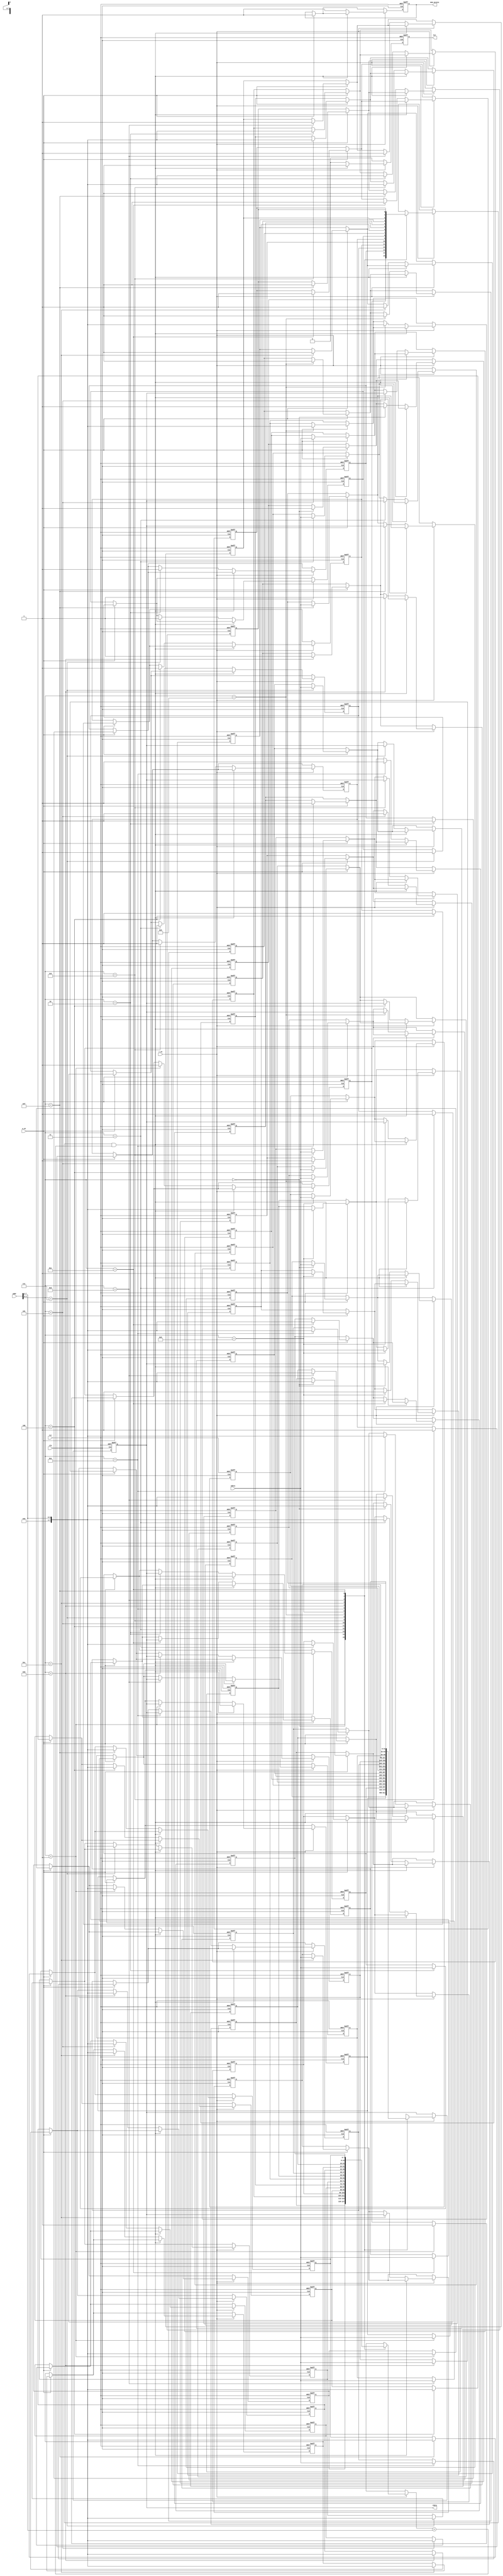
module WriteThroughCache #(
    parameter CACHE_SIZE = 16, // Number of cache lines
    parameter ADDR_WIDTH = 8,   // Address width
    parameter DATA_WIDTH = 32   // Data width
)(
    input wire clk,
    input wire rst,
    input wire [ADDR_WIDTH-1:0] addr,
    input wire [DATA_WIDTH-1:0] wdata,
    input wire r_en,
    input wire w_en,
    output reg [DATA_WIDTH-1:0] rdata,
    output reg hit,
    output reg mem_access
);

    // Cache storage and tag storage
    reg [DATA_WIDTH-1:0] cache_data [0:CACHE_SIZE-1];
    reg [ADDR_WIDTH-1:0] cache_tags [0:CACHE_SIZE-1];
    reg valid_bits [0:CACHE_SIZE-1];

    // Cache index and tag extraction
    wire [ADDR_WIDTH-1:0] tag;
    wire [3:0] index; // Assuming CACHE_SIZE = 16, so 4 bits for index
    assign index = addr[3:0]; // Lower bits for index
    assign tag = addr[ADDR_WIDTH-1:4]; // Upper bits for tag

    // Reset logic
    integer i;
    always @(posedge clk or posedge rst) begin
        if (rst) begin
            for (i = 0; i < CACHE_SIZE; i = i + 1) begin
                valid_bits[i] <= 1'b0;
                cache_data[i] <= {DATA_WIDTH{1'b0}};
                cache_tags[i] <= {ADDR_WIDTH{1'b0}};
            end
            rdata <= {DATA_WIDTH{1'b0}};
            hit <= 1'b0;
            mem_access <= 1'b0;
        end else begin
            // Write operation
            if (w_en) begin
                cache_data[index] <= wdata; // Write to cache
                cache_tags[index] <= tag;    // Update tag
                valid_bits[index] <= 1'b1;    // Mark as valid
                mem_access <= 1'b1;           // Memory access occurs
            end

            // Read operation
            if (r_en) begin
                if (valid_bits[index] && (cache_tags[index] == tag)) begin
                    // Cache hit
                    rdata <= cache_data[index];
                    hit <= 1'b1;
                end else begin
                    // Cache miss
                    rdata <= cache_data[index]; // Read from cache (could be invalid data)
                    hit <= 1'b0;
                    mem_access <= 1'b1; // Memory access occurs
                    // On cache miss, fetch from memory (simulated here)
                    // In a real implementation, you would access the memory here
                    // For simulation, we can just write back to cache
                    cache_data[index] <= rdata; // Simulate fetching from memory
                    cache_tags[index] <= tag;    // Update tag
                    valid_bits[index] <= 1'b1;    // Mark as valid
                end
            end else begin
                hit <= 1'b0; // Reset hit flag if not reading
            end
        end
    end

endmodule